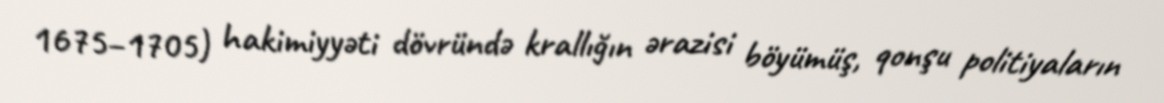
1675–1705) hakimiyyəti dövründə krallığın ərazisi böyümüş, qonşu politiyaların